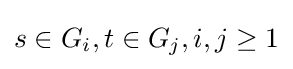
s\in G_{i},t\in G_{j},i,j\geq 1